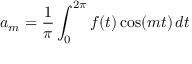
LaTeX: a _ { m } = { \frac { 1 } { \pi } } \int _ { 0 } ^ { 2 \pi } f ( t ) \cos ( m t ) \, d t